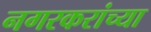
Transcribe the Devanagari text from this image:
नगरकरांच्या